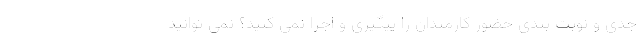
جدی و نوبت بندی حضور کارمندان را پیگیری و اجرا نمی کنید؟ نمی توانید